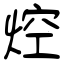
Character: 焢